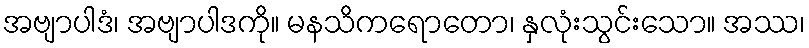
အဗျာပါဒံ၊ အဗျာပါဒကို။ မနသိကရောတော၊ နှလုံးသွင်းသော။ အဿ၊